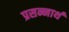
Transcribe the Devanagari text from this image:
प्रसन्नार्थ